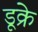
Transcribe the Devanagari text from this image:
डूक्रे